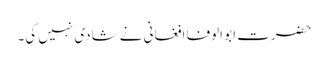
حضرت ابو الوفا افغانی نے شادی نہیں کی۔